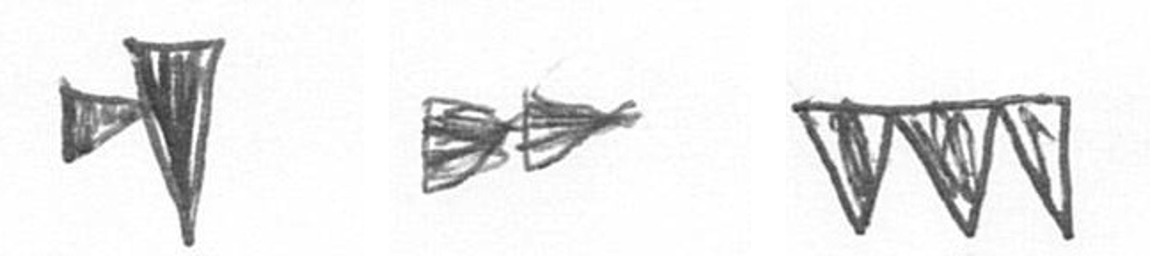
M A L